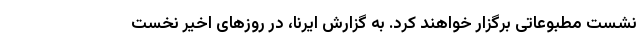
نشست مطبوعاتی برگزار خواهند کرد. به گزارش ایرنا، در روزهای اخیر نخست